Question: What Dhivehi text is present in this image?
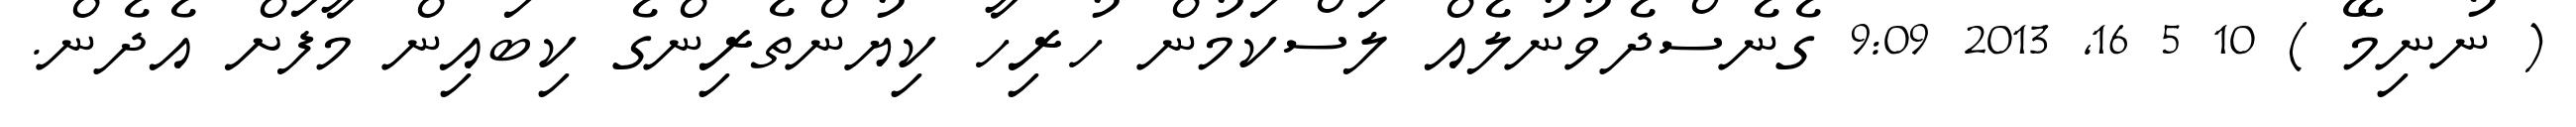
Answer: ( ނުނިމޭ ) 10 5 16, 2013 9:09 ގެނެސްދެވުނުލެއް ލަސްކަމުން ހުރިހާ ކިޔުންތެރިންގެ ކިބައިން މާފަށް އެދެން.